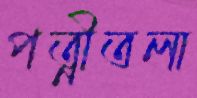
পত্নীতলা